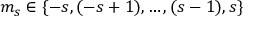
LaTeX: m _ { s } \in \{ - s , ( - s + 1 ) , \ldots , ( s - 1 ) , s \}